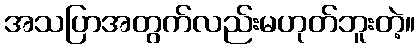
အသပြာအတွက်လည်းမဟုတ်ဘူးတဲ့။